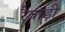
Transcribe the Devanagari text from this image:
रैवाड़ी